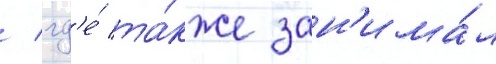
/ гд'е́ та́кже зан'има́л